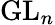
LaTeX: {\mathrm{GL}}_{n}